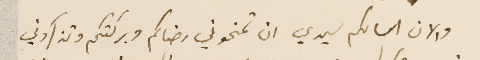
والان اسالكم سيدي ان تمنحوني رضاكم وبركتكم وتذكروني